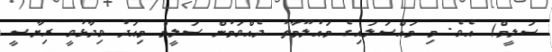
ސަލީމް) އެވެ. މި މައްސަލައިގެ މައުލޫމާތު ދެއްވަމުން ސަލީމް މިއަދު ވިދާޅުވީ ރިޔާސީ